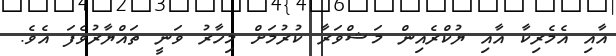
އާއި އެމެރިކާ އާއި ޔުކްރެއިން މަޝްވަރާ ކުރުމަށް މިހާރު ވަނީ ތައްޔާރުވެފަ އެވެ.